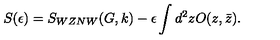
S ( \epsilon ) = S _ { W Z N W } ( G , k ) - \epsilon \int d ^ { 2 } z O ( z , \bar { z } ) .